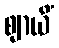
ဈာယိံ